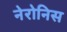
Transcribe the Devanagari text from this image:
नेरोनिस